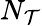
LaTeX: N_{\mathcal{T}}